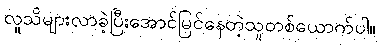
လူသိများလာခဲ့ပြီးအောင်မြင်နေတဲ့သူတစ်ယောက်ပါ။